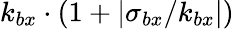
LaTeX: k_{bx}\cdot(1+|\sigma_{bx}/k_{bx}|)